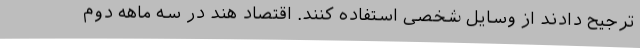
ترجیح دادند از وسایل شخصی استفاده کنند. اقتصاد هند در سه ماهه دوم